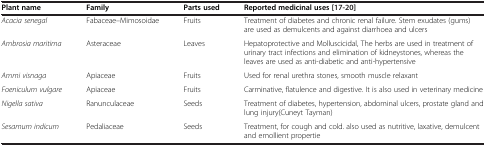
| Plant name | Family | Parts used | Reported medicinal uses[17-20] |
 | --- | --- | --- | --- |
 | Acacia senegal | Fabaceae–Mimosoidae | Fruits | Treatment of diabetes and chronic renal failure. Stem exudates (gums) are used as demulcents and against diarrhoea and ulcers |
 | Ambrosia maritima | Asteraceae | Leaves | Hepatoprotective and Molluscicidal, The herbs are used in treatment of urinary tract infections and elimination of kidneystones, whereas the leaves are used as anti-diabetic and anti-hypertensive |
 | Ammi visnaga | Apiaceae | Fruits | Used for renal urethra stones, smooth muscle relaxant |
 | Foeniculum vulgare | Apiaceae | Fruits | Carminative, flatulence and digestive. It is also used in veterinary medicine |
 | Nigella sativa | Ranunculaceae | Seeds | Treatment of diabetes, hypertension, abdominal ulcers, prostate gland and lung injury(Cuneyt Tayman) |
 | Sesamum indicum | Pedaliaceae | Seeds | Treatment, for cough and cold. also used as nutritive, laxative, demulcent and emollient propertie |